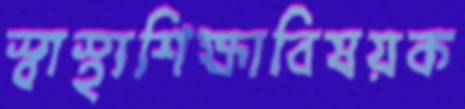
স্বাস্থ্যশিক্ষাবিষয়ক